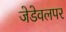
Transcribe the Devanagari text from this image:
जेडेवलपर